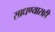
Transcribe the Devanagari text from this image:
साधण्यासही